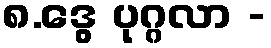
၈.ဒွေ ပုဂ္ဂလာ -